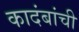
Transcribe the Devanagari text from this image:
कादंबांची